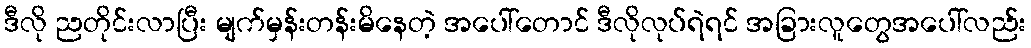
ဒီလို ညတိုင်းလာပြီး မျက်မှန်းတန်းမိနေတဲ့ အပေါ်တောင် ဒီလိုလုပ်ရဲရင် အခြားလူတွေအပေါ်လည်း